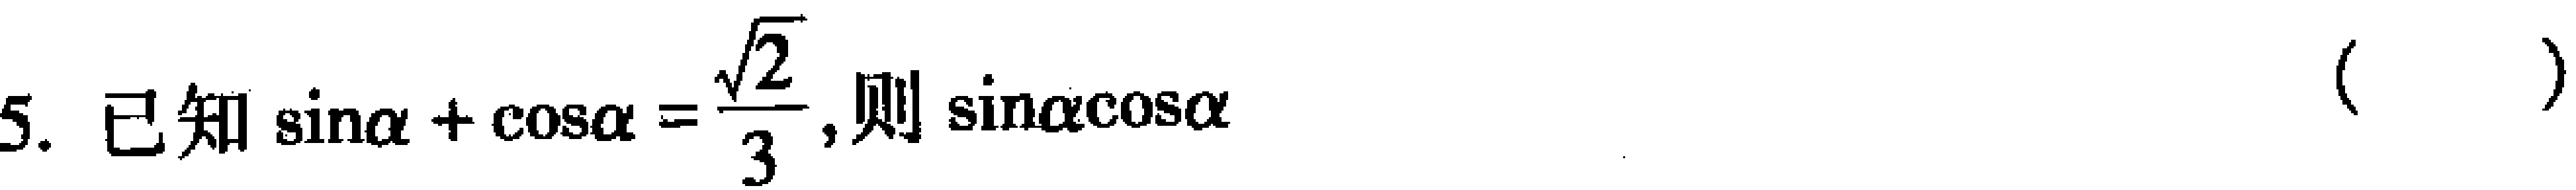
5. 已知\(\sin\alpha+\cos\alpha = \frac{\sqrt{2}}{3}\),则\(\sin\alpha\cos\alpha\)（  ）